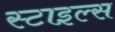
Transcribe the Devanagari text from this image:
स्‍टाइल्‍स